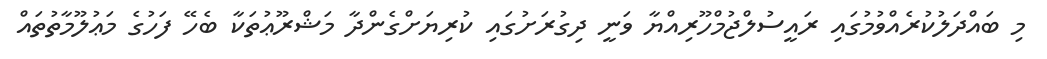
މި ބައްދަލުކުރެއްވުމުގައި ރައީސުލްޖުމްހޫރިއްޔާ ވަނީ ދިގުރަށުގައި ކުރިޔަށްގެންދާ މަޝްރޫޢުތަކާ ބެހޭ ފަހުގެ މަޢުލޫމާތުތައް